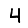
Digit: 4